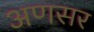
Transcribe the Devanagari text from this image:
अणसर